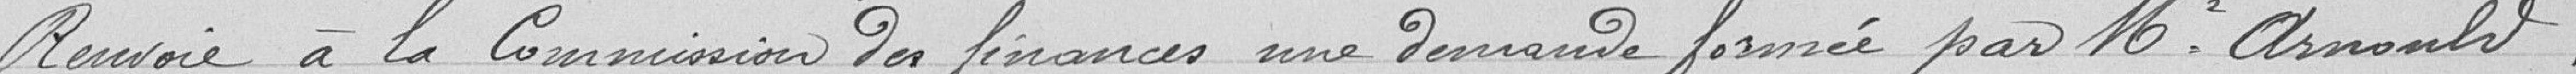
Renvoie à la Commission des finances une demande formée par M. Arnoult.